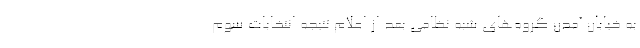
به خیابان آمدن گروه‌های شبه نظامی بعد از اعلام نتیجه انتخابات سوم